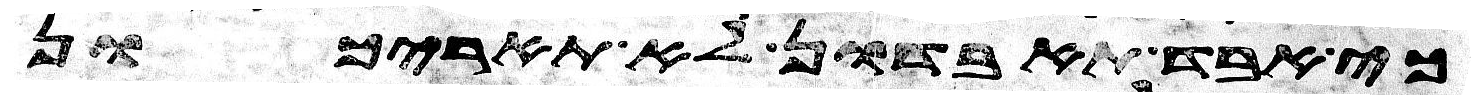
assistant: כי אבד תאבדון לא תאריכון